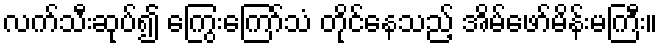
လက်သီးဆုပ်၍ ကြွေးကြော်သံ တိုင်နေသည့် အိမ်ဖော်မိန်းမကြီး။